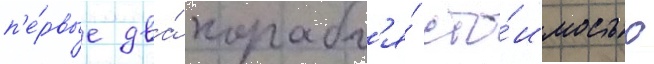
п'е́рвые два́ корабл'я́ сто́имостью